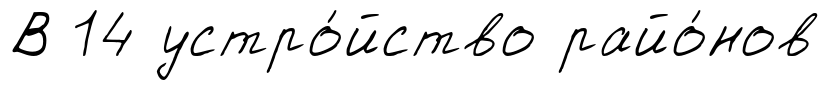
В 14 устро́йство райо́нов